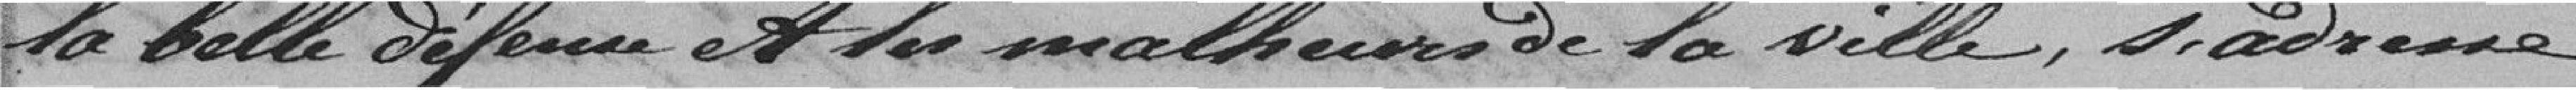
la belle défense et les malheurs de la Ville, s'adresse